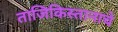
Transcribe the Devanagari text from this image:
ताजिकिस्तानाचे